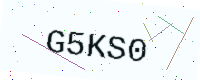
Text: G5KS0